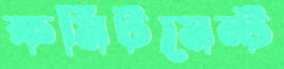
কমিটমেন্ট